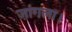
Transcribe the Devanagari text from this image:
ज़ांगला।